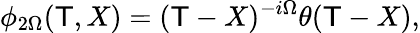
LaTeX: \phi_{2\Omega}(\mathsf{T},X)=(\mathsf{T}-X)^{-i\Omega}\theta(\mathsf{T}-X),